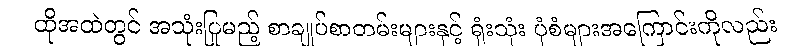
ထိုအထဲတွင် အသုံးပြုမည့် စာချုပ်စာတမ်းများနှင့် ရုံးသုံး ပုံစံများအကြောင်းကိုလည်း